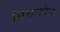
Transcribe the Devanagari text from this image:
सिसलपैन